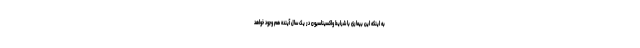
به اینکه این بیماری با شرایط واکسیناسیون در یک سال آینده هم وجود خواهد